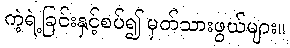
ကဲ့ရဲ့ခြင်းနှင့်စပ်၍ မှတ်သားဖွယ်များ။